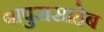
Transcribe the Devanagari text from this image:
बापुरासाहेब